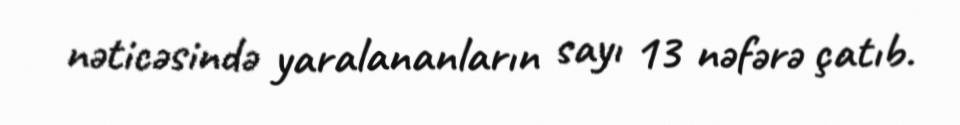
nəticəsində yaralananların sayı 13 nəfərə çatıb.